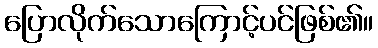
ပြောလိုက်သောကြောင့်ပင်ဖြစ်၏။